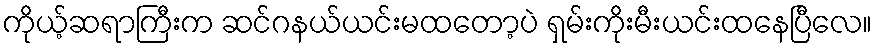
ကိုယ့်ဆရာကြီးက ဆင်ဂနယ်ယင်းမထတော့ပဲ ရှမ်းကိုးမီးယင်းထနေပြီလေ။